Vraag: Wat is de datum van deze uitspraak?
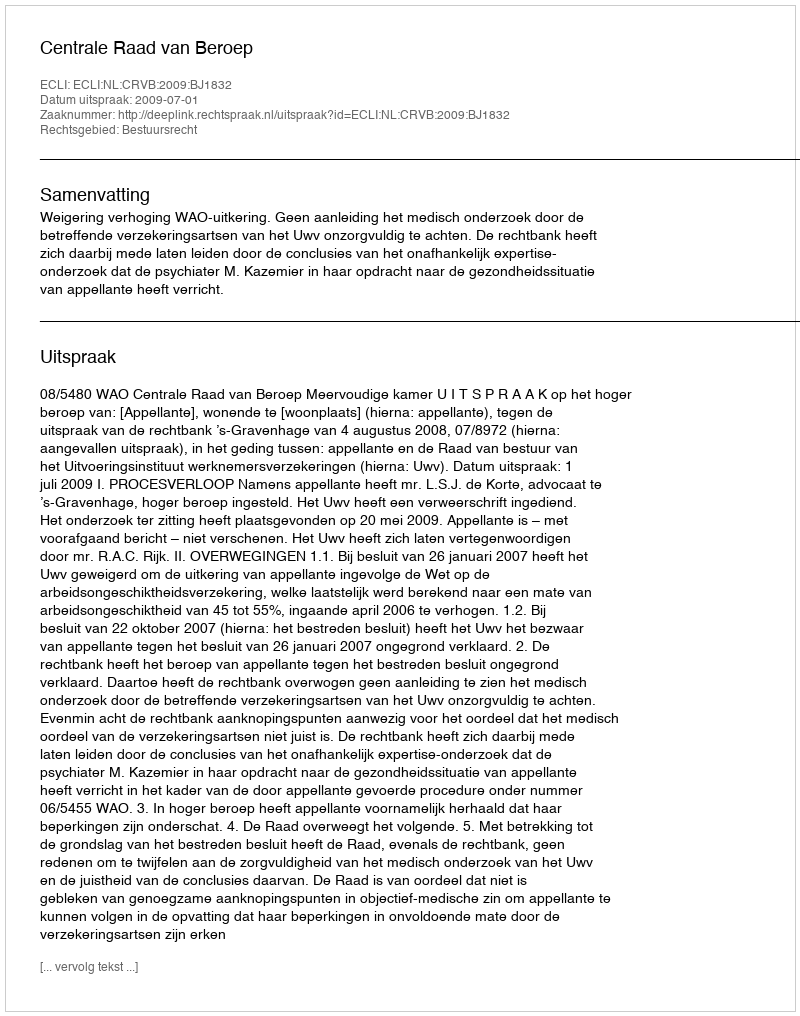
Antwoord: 2009-07-01